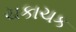
ચકાચક